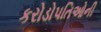
કરોડોપતિઓની